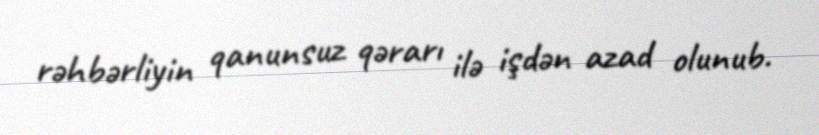
rəhbərliyin qanunsuz qərarı ilə işdən azad olunub.